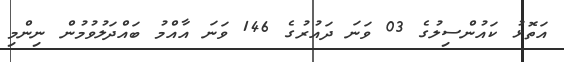
އަތޮޅު ކައުންސިލުގެ 03 ވަނަ ދައުރުގެ 146 ވަނަ އާއްމު ބައްދަލުވުމުން ނިންމި